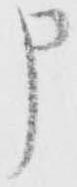
申